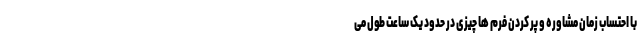
با احتساب زمان مشاوره و پر کردن فرم ها چیزی در حدود یک ساعت طول می